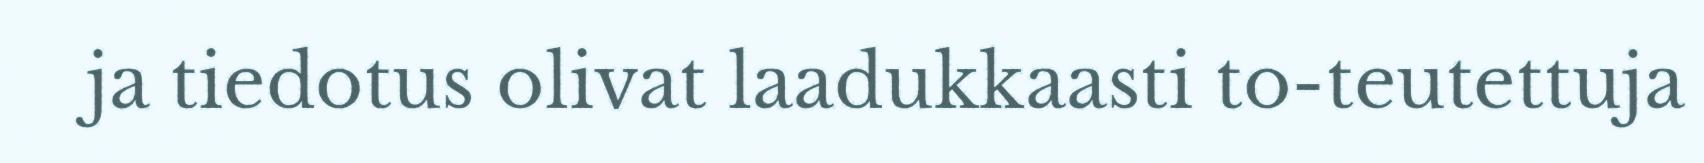
ja tiedotus olivat laadukkaasti to-teutettuja